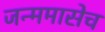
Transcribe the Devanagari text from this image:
जन्ममासेच